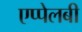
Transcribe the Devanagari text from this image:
एप्पेलबी